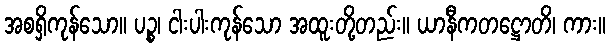
အစရှိကုန်သော။ ပဉ္စ၊ ငါးပါးကုန်သော အထူးတို့တည်း။ ယာနီကတဋ္ဌောတိ၊ ကား။